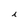
Character: i